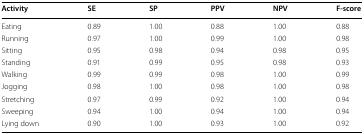
<table><thead><tr><td><b>Activity</b></td><td><b>SE</b></td><td><b>SP</b></td><td><b>PPV</b></td><td><b>NPV</b></td><td><b>F-score</b></td></tr></thead><tbody><tr><td>Eating</td><td>0.89</td><td>1.00</td><td>0.88</td><td>1.00</td><td>0.88</td></tr><tr><td>Running</td><td>0.97</td><td>1.00</td><td>0.99</td><td>1.00</td><td>0.98</td></tr><tr><td>Sitting</td><td>0.95</td><td>0.98</td><td>0.94</td><td>0.98</td><td>0.95</td></tr><tr><td>Standing</td><td>0.91</td><td>0.99</td><td>0.95</td><td>0.98</td><td>0.93</td></tr><tr><td>Walking</td><td>0.99</td><td>0.99</td><td>0.98</td><td>1.00</td><td>0.99</td></tr><tr><td>Jogging</td><td>0.98</td><td>1.00</td><td>0.98</td><td>1.00</td><td>0.98</td></tr><tr><td>Stretching</td><td>0.97</td><td>0.99</td><td>0.92</td><td>1.00</td><td>0.94</td></tr><tr><td>Sweeping</td><td>0.94</td><td>1.00</td><td>0.94</td><td>1.00</td><td>0.94</td></tr><tr><td>Lying down</td><td>0.90</td><td>1.00</td><td>0.93</td><td>1.00</td><td>0.92</td></tr></tbody></table>